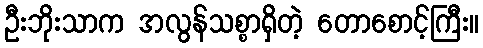
ဦးဘိုးသာက အလွန်သစ္စာရှိတဲ့ တောစောင့်ကြီး။